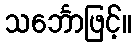
သင်္ဘောဖြင့်။